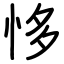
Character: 恀